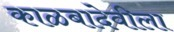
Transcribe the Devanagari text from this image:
काळबादेवीला